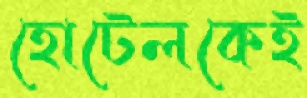
হোটেলকেই